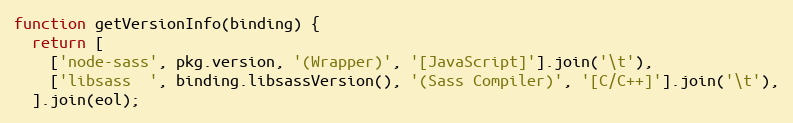
Language: JavaScript
function getVersionInfo(binding) {
  return [
    ['node-sass', pkg.version, '(Wrapper)', '[JavaScript]'].join('\t'),
    ['libsass  ', binding.libsassVersion(), '(Sass Compiler)', '[C/C++]'].join('\t'),
  ].join(eol);